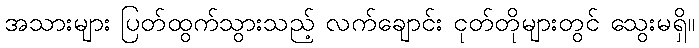
အသားများ ပြတ်ထွက်သွားသည့် လက်ချောင်း ငုတ်တိုများတွင် သွေးမရှိ။